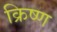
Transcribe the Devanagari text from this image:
क्रिष्ण